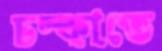
চম্‌কাতে